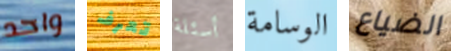
واحد تعرف أسئلة الوسامة الضياع